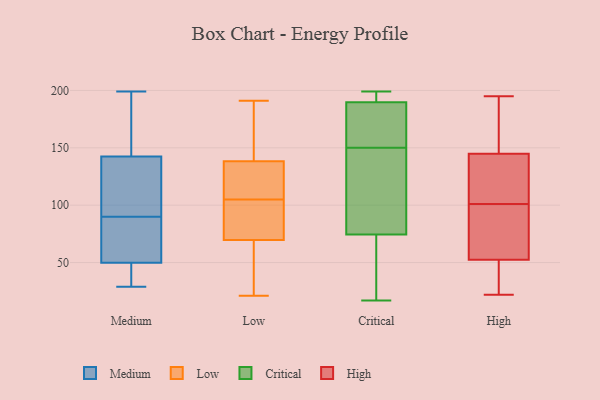
{"axis": {"x": "Shipments", "y": "Value"}, "legend": ["Critical", "High", "Low", "Medium"], "data": [{"x": "", "y": 144, "type": "Medium"}, {"x": "", "y": 199, "type": "Medium"}, {"x": "", "y": 90, "type": "Medium"}, {"x": "", "y": 135, "type": "Medium"}, {"x": "", "y": 42, "type": "Medium"}, {"x": "", "y": 99, "type": "Medium"}, {"x": "", "y": 34, "type": "Medium"}, {"x": "", "y": 29, "type": "Medium"}, {"x": "", "y": 66, "type": "Medium"}, {"x": "", "y": 88, "type": "Medium"}, {"x": "", "y": 46, "type": "Medium"}, {"x": "", "y": 142, "type": "Medium"}, {"x": "", "y": 106, "type": "Medium"}, {"x": "", "y": 167, "type": "Medium"}, {"x": "", "y": 196, "type": "Medium"}, {"x": "", "y": 51, "type": "Medium"}, {"x": "", "y": 62, "type": "Medium"}, {"x": "", "y": 21, "type": "Low"}, {"x": "", "y": 145, "type": "Low"}, {"x": "", "y": 82, "type": "Low"}, {"x": "", "y": 136, "type": "Low"}, {"x": "", "y": 105, "type": "Low"}, {"x": "", "y": 91, "type": "Low"}, {"x": "", "y": 49, "type": "Low"}, {"x": "", "y": 83, "type": "Low"}, {"x": "", "y": 154, "type": "Low"}, {"x": "", "y": 125, "type": "Low"}, {"x": "", "y": 191, "type": "Low"}, {"x": "", "y": 36, "type": "Low"}, {"x": "", "y": 74, "type": "Low"}, {"x": "", "y": 107, "type": "Low"}, {"x": "", "y": 57, "type": "Low"}, {"x": "", "y": 124, "type": "Low"}, {"x": "", "y": 156, "type": "Low"}, {"x": "", "y": 75, "type": "Critical"}, {"x": "", "y": 168, "type": "Critical"}, {"x": "", "y": 189, "type": "Critical"}, {"x": "", "y": 199, "type": "Critical"}, {"x": "", "y": 80, "type": "Critical"}, {"x": "", "y": 17, "type": "Critical"}, {"x": "", "y": 86, "type": "Critical"}, {"x": "", "y": 35, "type": "Critical"}, {"x": "", "y": 150, "type": "Critical"}, {"x": "", "y": 73, "type": "Critical"}, {"x": "", "y": 198, "type": "Critical"}, {"x": "", "y": 192, "type": "Critical"}, {"x": "", "y": 152, "type": "Critical"}, {"x": "", "y": 87, "type": "High"}, {"x": "", "y": 158, "type": "High"}, {"x": "", "y": 42, "type": "High"}, {"x": "", "y": 54, "type": "High"}, {"x": "", "y": 61, "type": "High"}, {"x": "", "y": 23, "type": "High"}, {"x": "", "y": 48, "type": "High"}, {"x": "", "y": 142, "type": "High"}, {"x": "", "y": 101, "type": "High"}, {"x": "", "y": 22, "type": "High"}, {"x": "", "y": 147, "type": "High"}, {"x": "", "y": 195, "type": "High"}, {"x": "", "y": 130, "type": "High"}, {"x": "", "y": 55, "type": "High"}, {"x": "", "y": 180, "type": "High"}, {"x": "", "y": 144, "type": "High"}, {"x": "", "y": 112, "type": "High"}]}